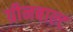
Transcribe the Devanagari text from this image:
ग्रीनबाल्ट